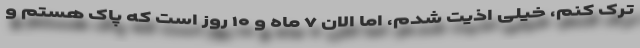
ترک کنم، خیلی اذیت شدم، اما الان ۷ ماه و ۱۰ روز است که پاک هستم و